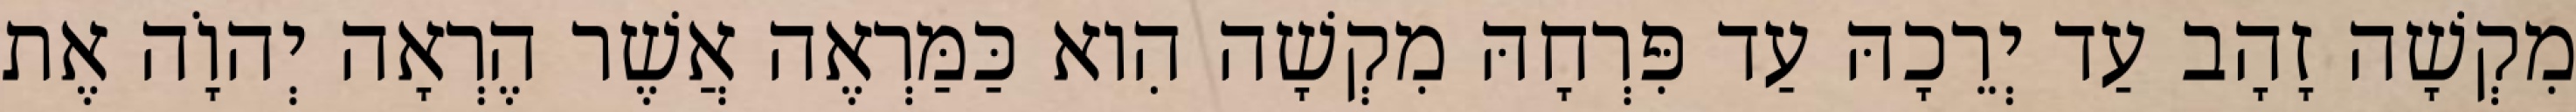
מִקְשָׁה זָהָב עַד יְרֵכָהּ עַד פִּרְחָהּ מִקְשָׁה הִוא כַּמַּרְאֶה אֲשֶׁר הֶרְאָה יְהוָֹה אֶת